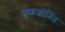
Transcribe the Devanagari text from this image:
शुक्रशोनित